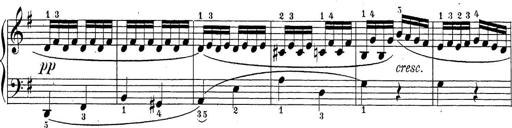
Title: Sonatina Album
Composer: Louis KÃ¶hler